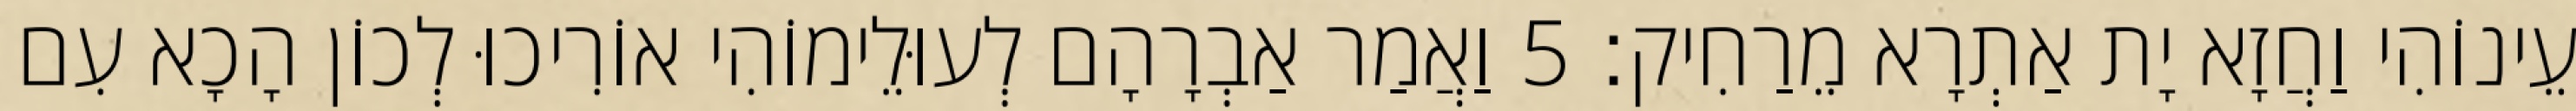
עֵינוֹהִי וַחֲזָא יָת אַתְרָא מֵרַחִיק׃ 5 וַאֲמַר אַבְרָהָם לְעוּלֵימוֹהִי אוֹרִיכוּ לְכוֹן הָכָא עִם